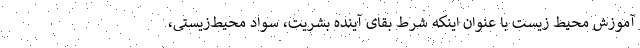
آموزش محیط زیست با عنوان اینکه شرط بقای آینده بشریت، سواد محیط‌زیستی،